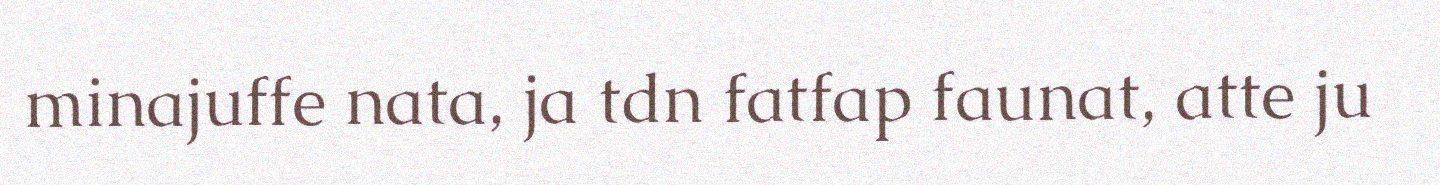
minajuffe nata, ja tdn fatfap faunat, atte ju